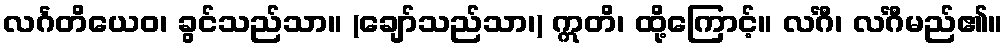
လင်္ဂတိယေဝ၊ ခွင်သည်သာ။ (ချော်သည်သာ၊) ဣတိ၊ ထို့ကြောင့်။ လင်္ဂီ၊ လင်္ဂီမည်၏။